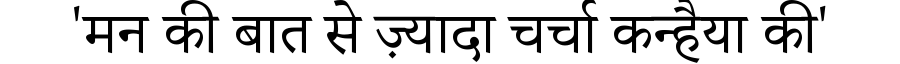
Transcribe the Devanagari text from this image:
'मन की बात से ज़्यादा चर्चा कन्हैया की'